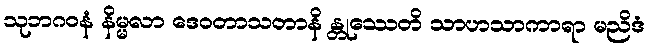
သုဘဂဝနံ နိမ္မလာ ဒေဝတာသတာနိ န္တုဿေတိ သာဟသာကာရာ မညိဒံ